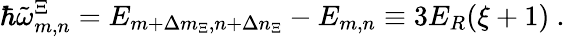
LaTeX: \hbar\tilde{\omega}_{m,n}^{\Xi}=E_{m+\Delta m_{\Xi},n+\Delta n_{\Xi}}-E_{m,n}\equiv 3E_{R}(\xi+1)\ .